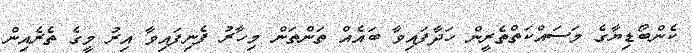
ކެންބޯޑިޔާގެ މަސައްކަތްތެރީން ހަދާފައިވާ ބައެއް ތަންތަން މިހާރު ފެނިފައިވާ އިރު މީގެ ތެރެއިން